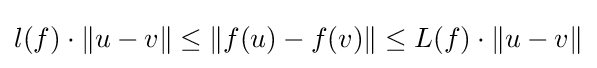
l(f)\cdot \|u-v\|\leq \|f(u)-f(v)\|\leq L(f)\cdot \|u-v\|